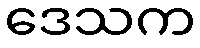
ဒေသက